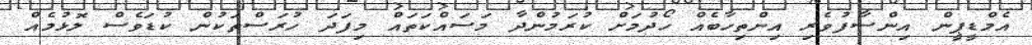
އެމްޑީޕީން އިންސާފުވެރި އިންތިހާބެއް ހޯދުމަށް ކުރަމުންދާ މަސައްކަތައް މިފަދަ ހުރަސްތަކުން ކުޑަވެސް ލޮޅުމެއް